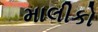
માલીકો